Annual report on the working of the lock hospitals in the North-Western Provinces and Oudh
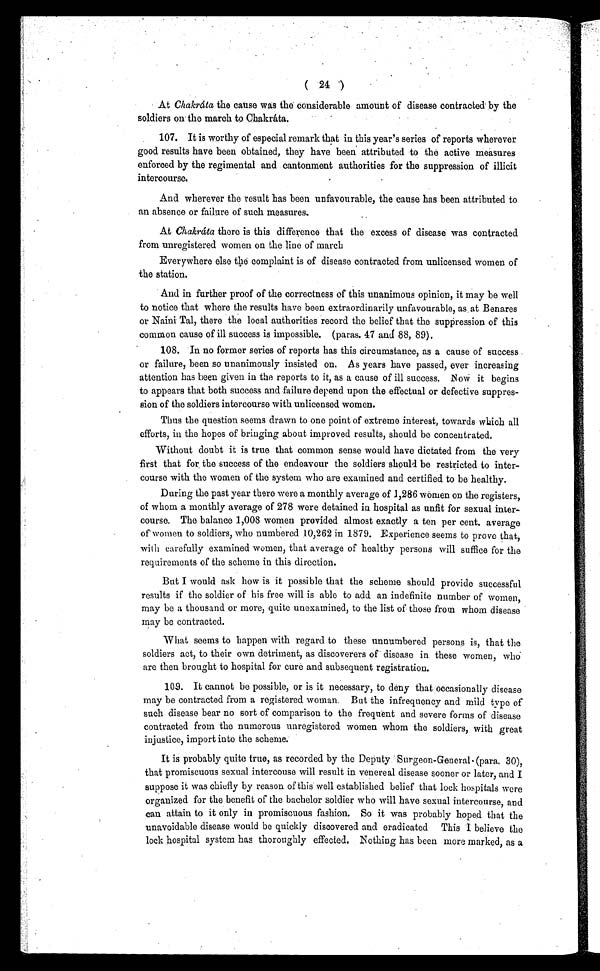
(24)
At Chakráta the cause was the considerable amount of disease contracted by the
soldiers on the march to Chakráta.
107. It is worthy of especial remark that in this year's series of reports wherever
good results have been obtained, they have been attributed to the active measures
enforced by the regimental and cantonment authorities for the suppression of illicit
intercourse.
And wherever the result has been unfavourable, the cause has been attributed to
an absence or failure of such measures.
At Chakráta there is this difference that the excess of disease was contracted
from unregistered women on the line of march
Everywhere else the complaint is of disease contracted from unlicensed women of
the station.
And in further proof of the correctness of this unanimous opinion, it may be well
to notice that where the results have been extraordinarily unfavourable, as at Benares
or Naini Tal, there the local authorities record the belief that the suppression of this
common cause of ill success is impossible. (paras. 47 and 88, 89).
108. In no former series of reports has this circumstance, as a cause of success
or failure, been so unanimously insisted on. As years have passed, ever increasing
attention has been given in the reports to it, as a cause of ill success. Now it begins
to appears that both success and failure depend upon the effectual or defective suppres-
sion of the soldiers intercourse with unlicensed women.
Thus the question seems drawn to one point of extreme interest, towards which all
efforts, in the hopes of bringing about improved results, should be concentrated.
Without doubt it is true that common sense would have dictated from the very
first that for the success of the endeavour the soldiers should be restricted to inter-
course with the women of the system who are examined and certified to be healthy.
During the past year there were a monthly average of 1,286 women on the registers,
of whom a monthly average of 278 were detained in hospital as unfit for sexual inter-
course. The balance 1,008 women provided almost exactly a ten per cent. average
of women to soldiers, who numbered 10,262 in 1879. Experience seems to prove that,
with carefully examined women, that average of healthy persons will suffice for the
requirements of the scheme in this direction.
But I would ask how is it possible that the scheme should provide successful
results if the soldier of his free will is able to add an indefinite number of women,
may be a thousand or more, quite unexamined, to the list of those from whom disease
may be contracted.
What seems to happen with regard to these unnumbered persons is, that the
soldiers act, to their own detriment, as discoverers of disease in these women, who
are then brought to hospital for cure and subsequent registration.
109. It cannot be possible, or is it necessary, to deny that occasionally disease
may be contracted from a registered woman. But the infrequency and mild type of
such disease bear no sort of comparison to the frequent and severe forms of disease
contracted from the numerous unregistered women whom the soldiers, with great
injustice, import into the scheme.
It is probably quite true, as recorded by the Deputy Surgeon-General- (para. 30),
that promiscuous sexual intercouse will result in venereal disease sooner or later, and I
suppose it was chiefly by reason of this well established belief that lock hospitals were
organized for the benefit of the bachelor soldier who will have sexual intercourse, and
can attain to it only in promiscuous fashion. So it was probably hoped that the
unavoidable disease would be quickly discovered and eradicated This I believe the
lock hospital system has thoroughly effected. Nothing has been more marked, as a